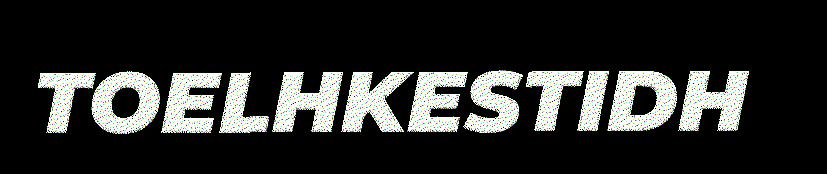
TOELHKESTIDH